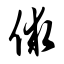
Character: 俅